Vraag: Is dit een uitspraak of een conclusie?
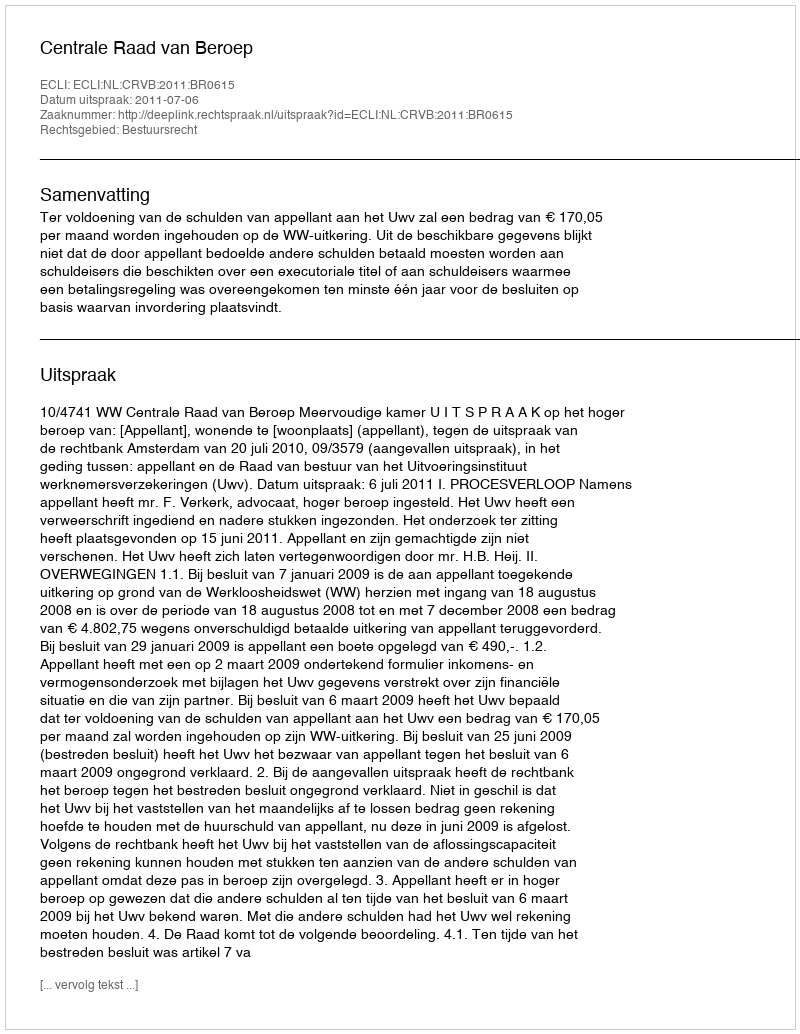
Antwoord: Uitspraak